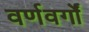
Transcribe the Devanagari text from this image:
वर्णवर्गों